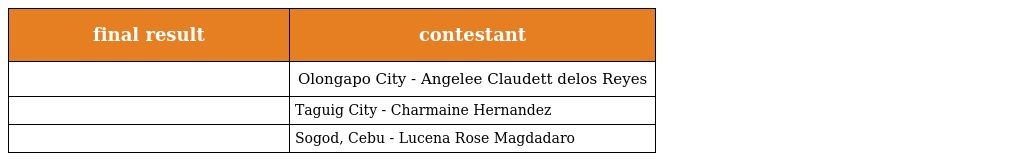
| final result | contestant |
 | --- | --- |
 |  | Olongapo City - Angelee Claudett delos Reyes |
 |  | Taguig City - Charmaine Hernandez |
 |  | Sogod, Cebu - Lucena Rose Magdadaro |